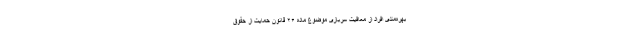
بهره‌مندی افراد از معافیت سربازی موضوع ماده ۲۶ قانون حمایت از حقوق